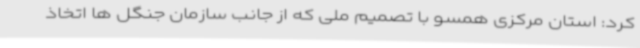
کرد: استان مرکزی همسو با تصمیم ملی که از جانب سازمان جنگل ها اتخاذ